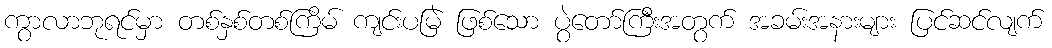
ကွာလာဘုရင်မှာ တစ်နှစ်တစ်ကြိမ် ကျင်းပမြဲ ဖြစ်သော ပွဲတော်ကြီးအတွက် အခမ်းအနားများ ပြင်ဆင်လျက်